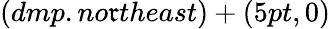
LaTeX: (dmp.no\mathfrak{r}theast)+(5pt,0)